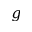
g